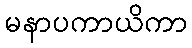
မနာပကာယိကာ